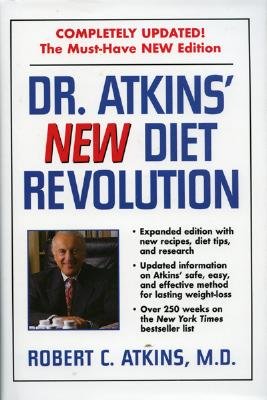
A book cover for Dr. Atkins' New Diet Revolution, Revised [DR ATKINS NEW DIET REVOLUTION]; Robert C. Atkins M.D.; Health, Fitness & Dieting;